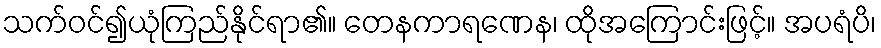
သက်ဝင်၍ယုံကြည်နိုင်ရာ၏။ တေနကာရဏေန၊ ထိုအကြောင်းဖြင့်။ အပရံပိ၊